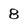
Character: 8